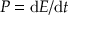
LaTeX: P = \mathrm { d } E / \mathrm { d } t